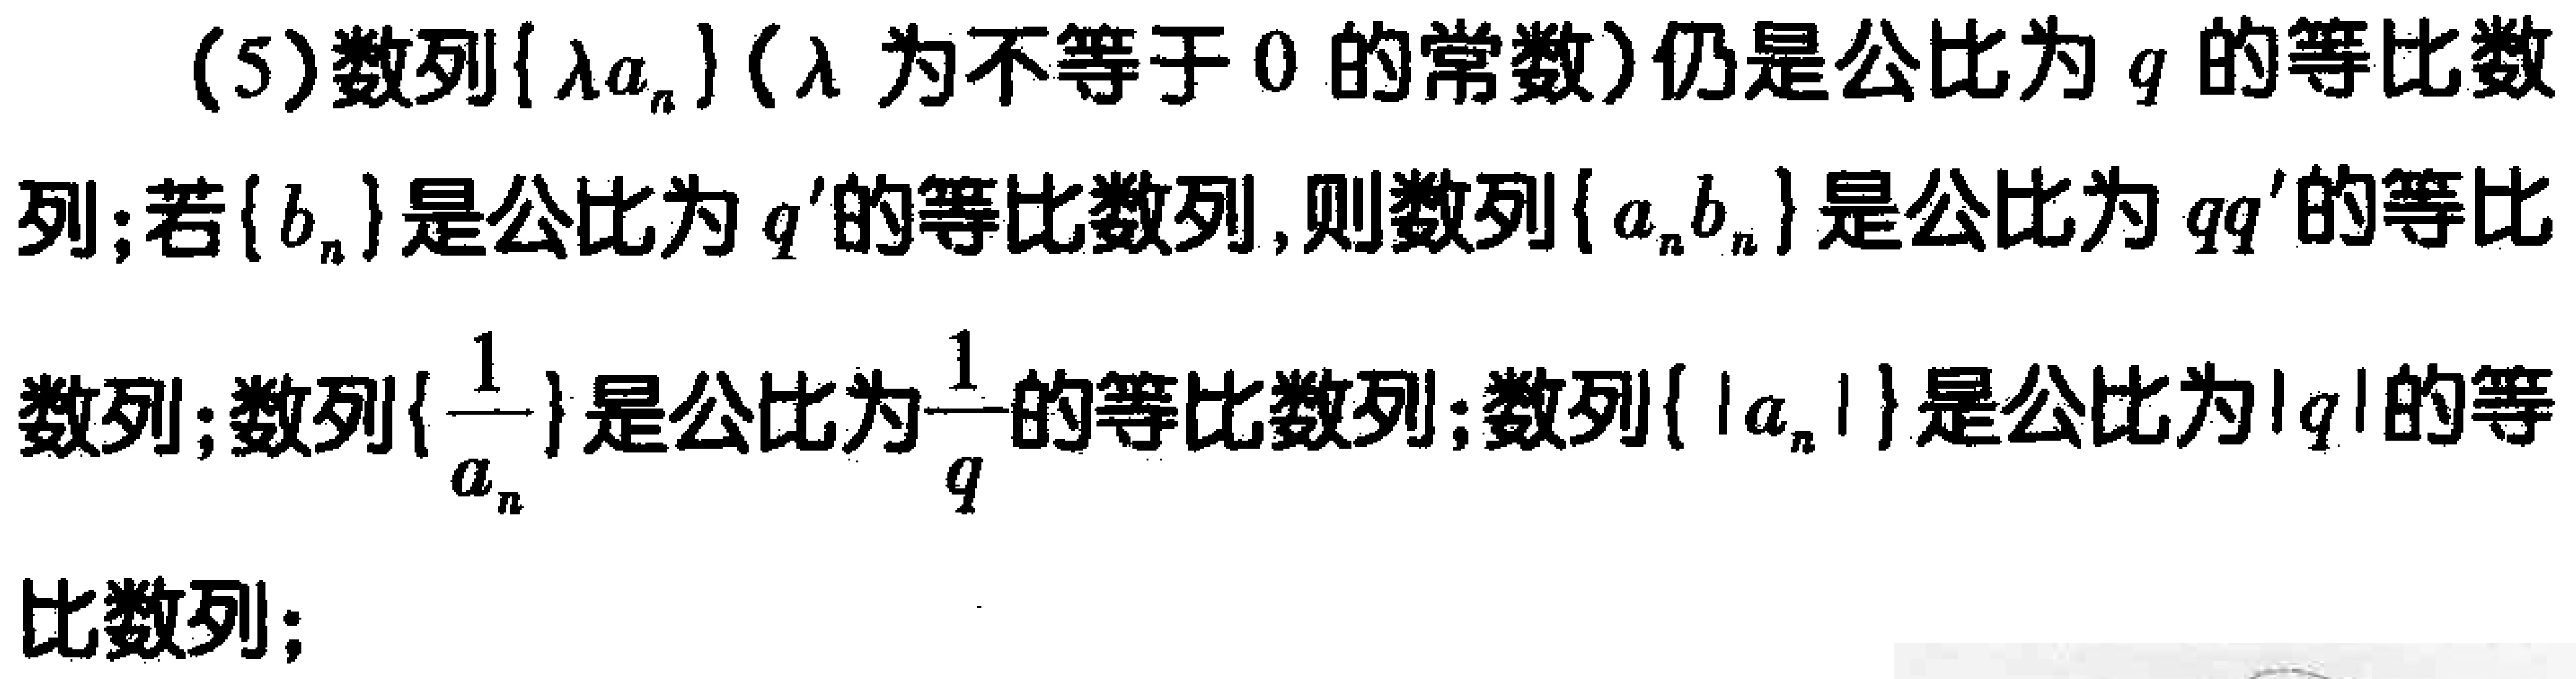
(5)数列\(\{\lambda a_{n}\}\)（\(\lambda\)为不等于\(0\)的常数）仍是公比为\(q\)的等比数列；若\(\{b_{n}\}\)是公比为\(q'\)的等比数列，则数列\(\{a_{n}b_{n}\}\)是公比为\(qq'\)的等比数列；数列\(\{\frac{1}{a_{n}}\}\)是公比为\(\frac{1}{q}\)的等比数列；数列\(\{|a_{n}|\}\)是公比为\(|q|\)的等比数列；